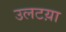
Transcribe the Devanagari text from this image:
उलटय़ा